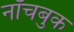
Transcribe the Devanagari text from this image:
नॉचबुक